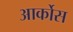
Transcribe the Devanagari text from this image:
आर्कोस